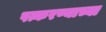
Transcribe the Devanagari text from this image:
पत्करण्याच्या